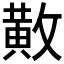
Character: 𫿍